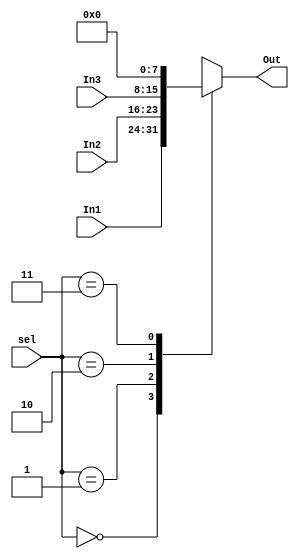
module MUX3to1(In1, In2, In3, Out, sel);

input 		[7:0]	In1;
input 		[7:0]	In2;
input 		[7:0]	In3;
input		[1:0]	sel;
output	reg	[7:0]	Out;

always @(*)
begin
	case (sel)
		2'b00 :
		begin
			Out = In1;
		end
		2'b01 :
		begin
			Out = In2;
		end
		2'b10 :
		begin
			Out = In3;
		end
		2'b11 :
		begin
			Out = 8'b0;
		end
	endcase
end

endmodule